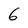
Character: 6